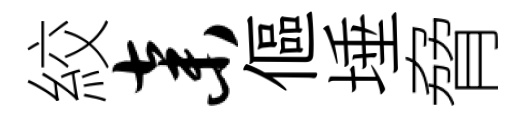
絞弃傴埵脅